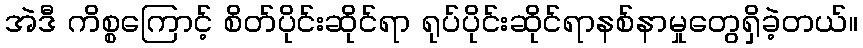
အဲဒီ ကိစ္စကြောင့် စိတ်ပိုင်းဆိုင်ရာ ရုပ်ပိုင်းဆိုင်ရာနစ်နာမှုတွေရှိခဲ့တယ်။